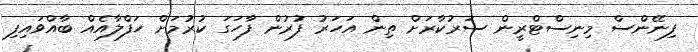
ފިނޭންސް މިނިސްޓްރީން ސަރުކާރަށް ތިން އަހަރު ފުރުން ފާހަގަ ކުރުމަށް ހަފްލާއެއް ބާއްވައިފި